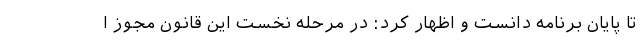
تا پایان برنامه دانست و اظهار کرد: در مرحله نخست این قانون مجوز ا